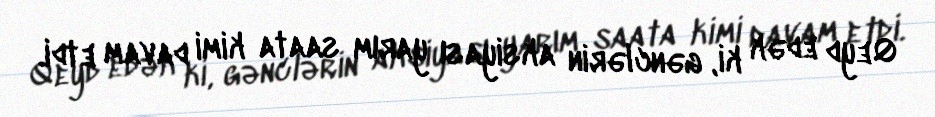
Qeyd edək ki, gənclərin aksiyası yarım saata kimi davam etdi.